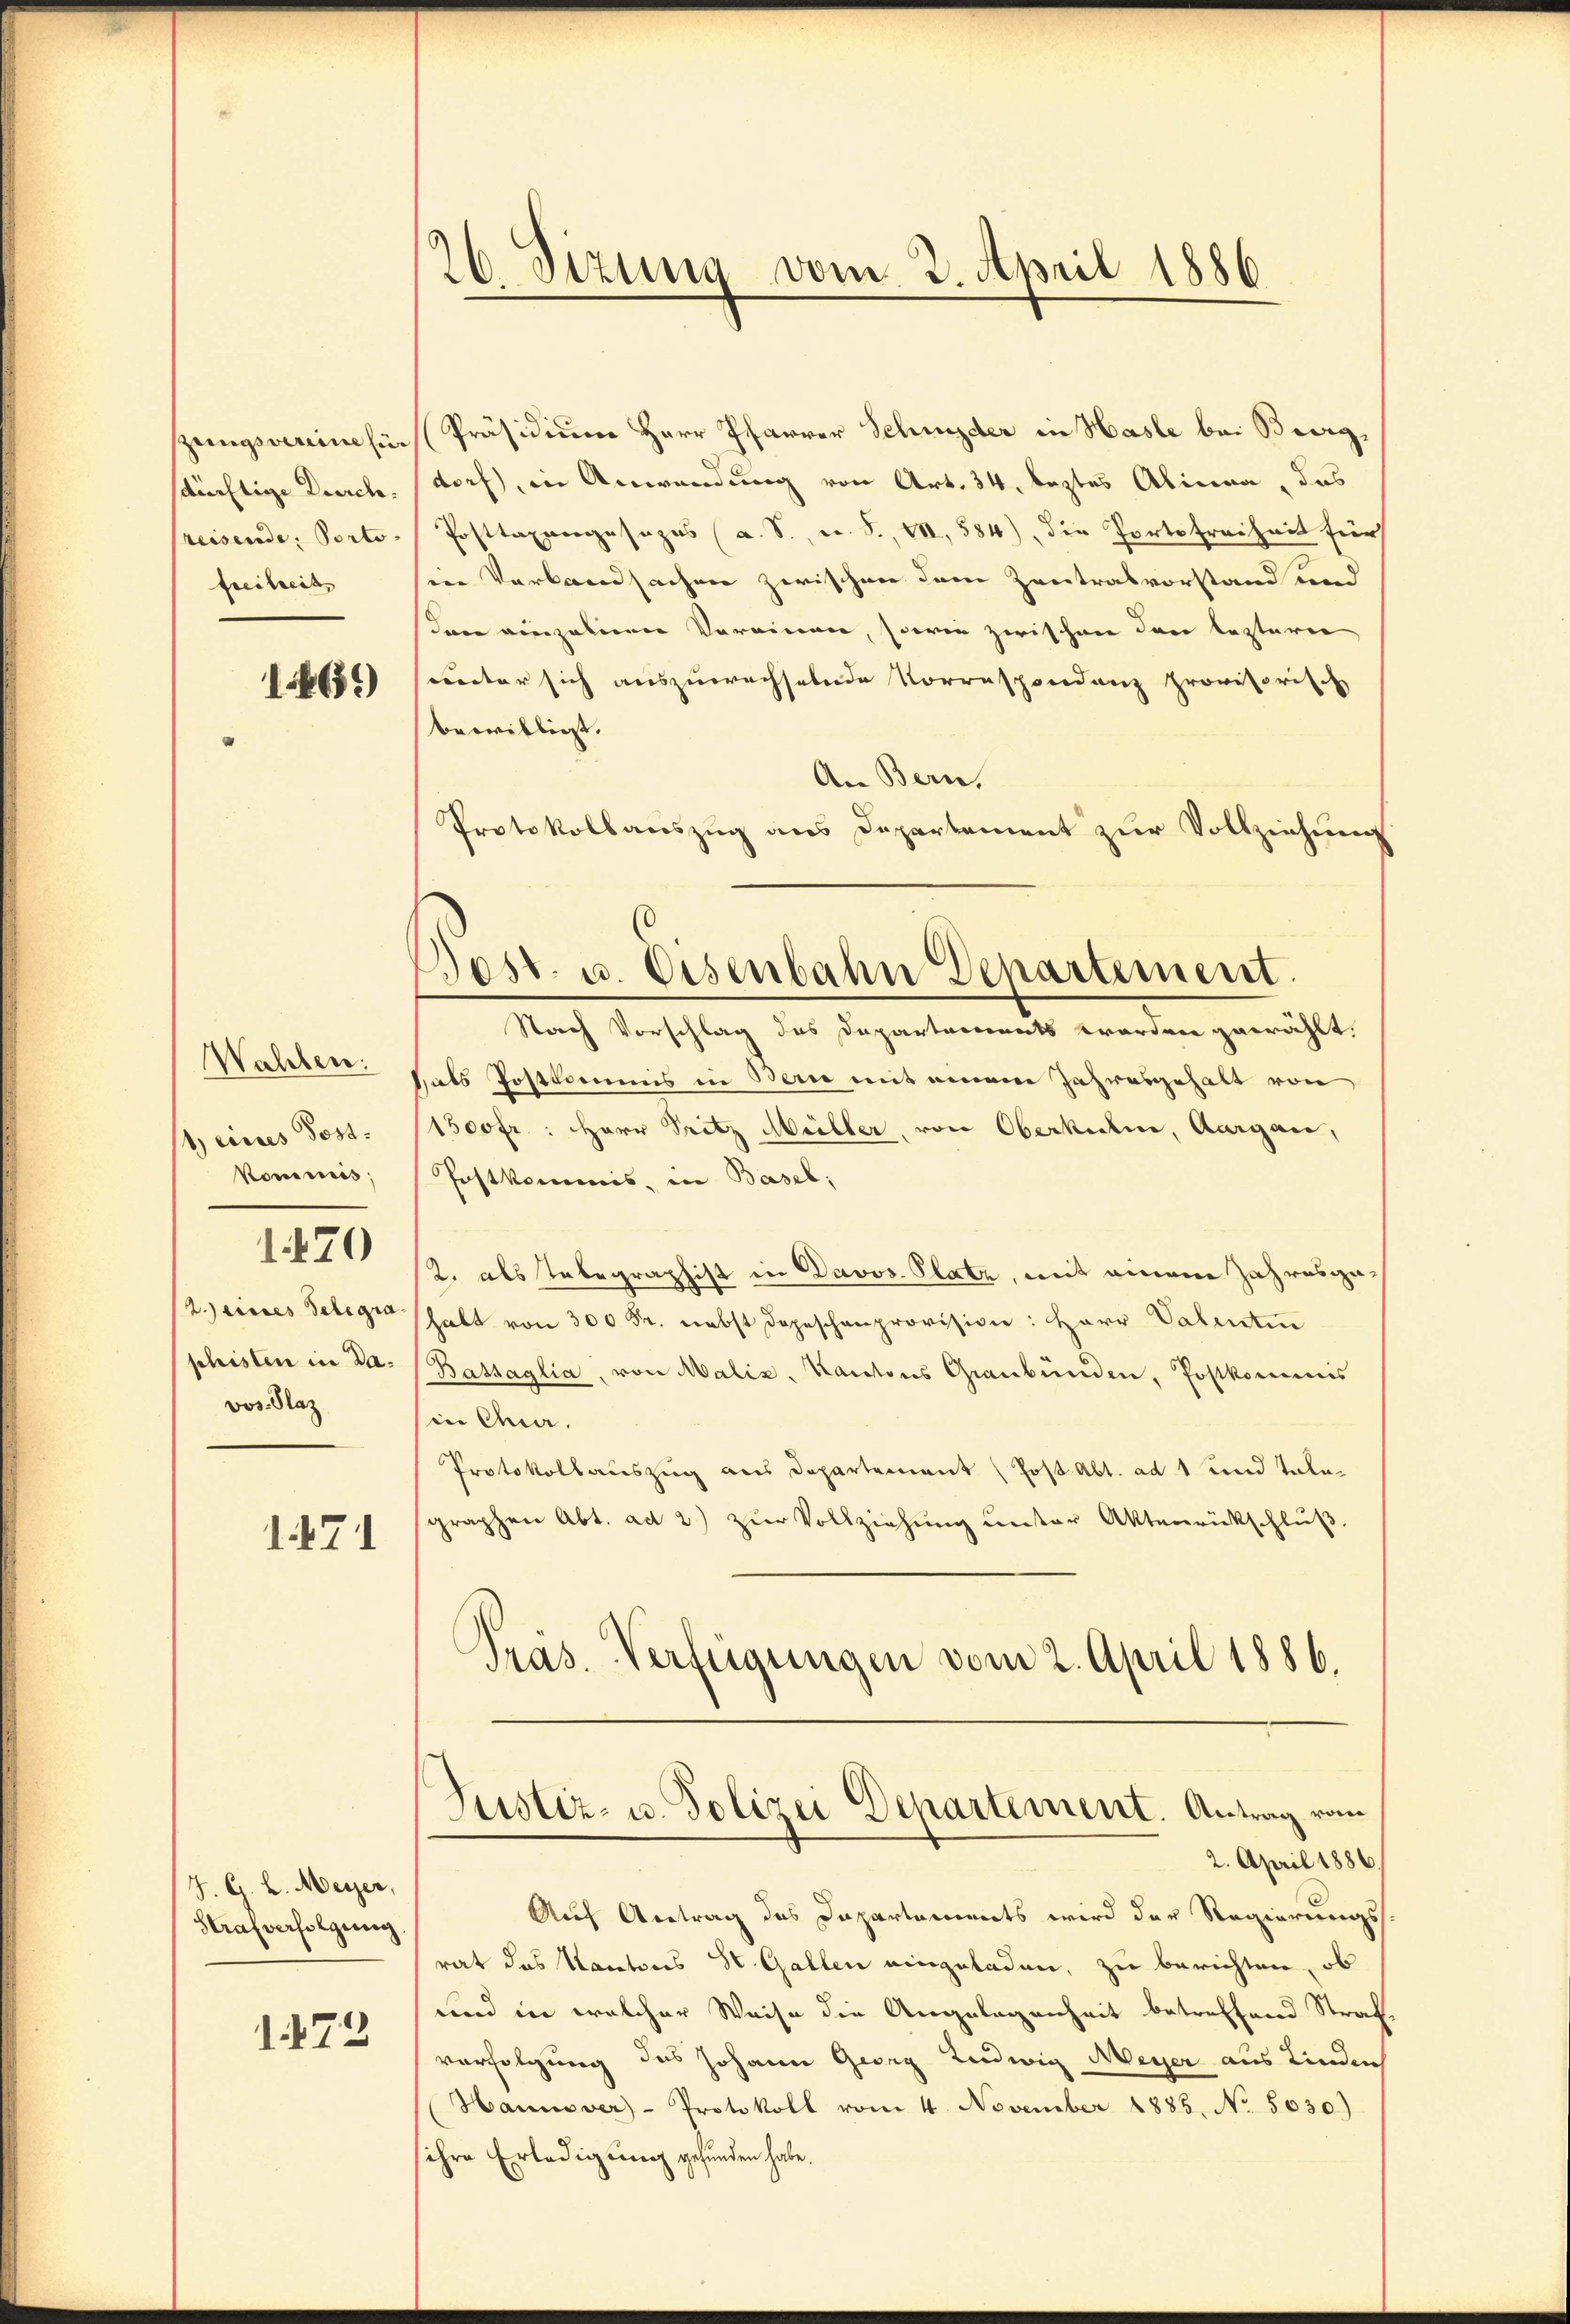
zungsvereine Ei
sänftige Durch.
reisende Porto-
Freiheit

169

Wahlen:
1) eines Post.
Kommis,

1470

R.eines Telegra
phisten in Davos. Naz

1471

J. G. L. Meyer,
Strafverfolgung

1473

26. Dizung vom 2. April 1886

Präsidium Herr Pfarrer Schieder in Hasle bei Burg,
doch, in Anwendung von Art. 34, leztes Alinea, das
Posttaxangesezes (a. S., u. S., VII, 584), die Porte Freiheit für
in Verlandsachen zwischen dem Zentralvorstand und
dann vierzulienen Vereinen, sowie zwischen den lezteren
unter sich auszuwachselnde Korrespondenz provisorisch
bewilligt.
An Bern,
Protokollauszug aus Departement zur Vollziehung.
Nach Vorschlag des Departements werden gewählt.
hals Postkommis in Bern mit einem Jahresgehalt von
1500 fr.: Herr Pritz Müller, von Oberkulin, Aargau,
Postkommis, in Basel;
2. als Tabegraphist in Davos. Platz, mit einem Jahresgehalt von 300 Fr. nebst Depeschenprovision: Herr Valentin
Bassaglia, von Malis, Kantons Graubünden, Postkommis
in Quar.
Protokollauszug aus Departement (Post Abt. ad 1 und Talegraphen Abt. ad 2) zŭr Vollziehŭng ŭnter Aktenrückschlŭβ
Pras. Verfügungen vom 2. April 1886.

Jost. u. Eisenbahn Departement.

Auf Antrag des Dapartements wird der Regierungs-
rat das Kantons St. Gallen eingeladen, zu berichten, ob
und in welcher Weise die Angelegenheit betreffend Straf-
verfolgung des Johann Georg Ludwig Meyer aus Kinden
Hannover- Protokoll vom 4. November 1885. No. 5030.)
ihre Erledigung gefunden habe.

Justiz- u. Polizei Departement. Antrag vom
2. April 1886.